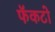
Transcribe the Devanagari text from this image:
फॅकटो